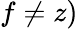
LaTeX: f\neq z)